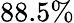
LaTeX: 88.5\%